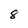
Character: 8